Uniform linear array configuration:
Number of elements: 64
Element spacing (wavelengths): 0.5
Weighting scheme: hann
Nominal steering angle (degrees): -30
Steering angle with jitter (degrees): -29.527
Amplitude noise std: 0.05
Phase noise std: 0.05

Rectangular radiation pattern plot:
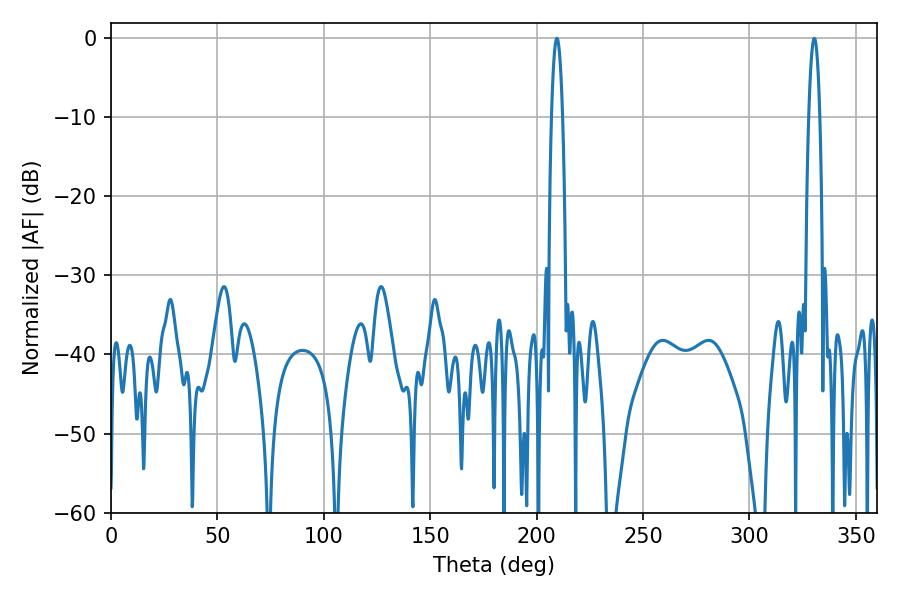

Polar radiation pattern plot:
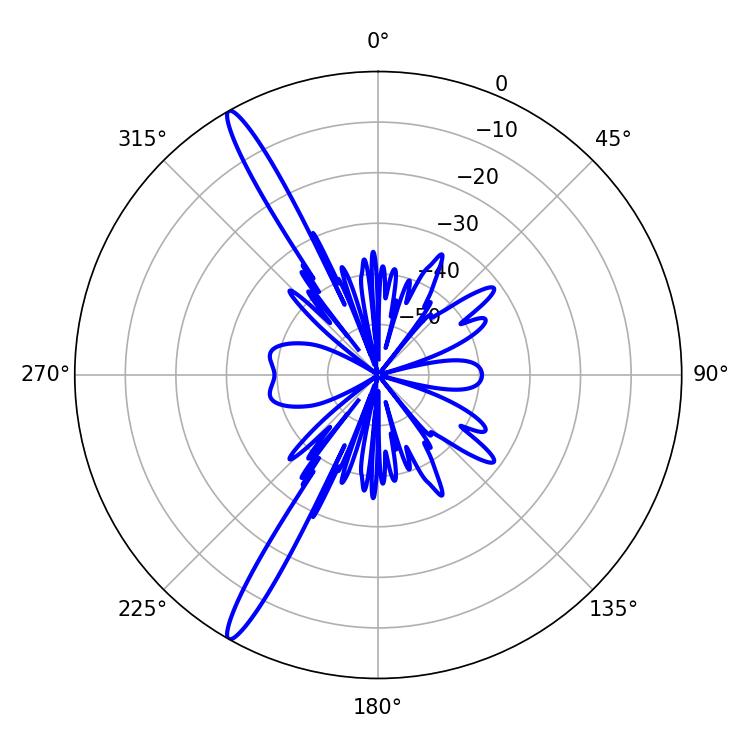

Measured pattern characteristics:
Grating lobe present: FALSE
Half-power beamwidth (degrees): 2.88
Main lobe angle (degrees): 209.52